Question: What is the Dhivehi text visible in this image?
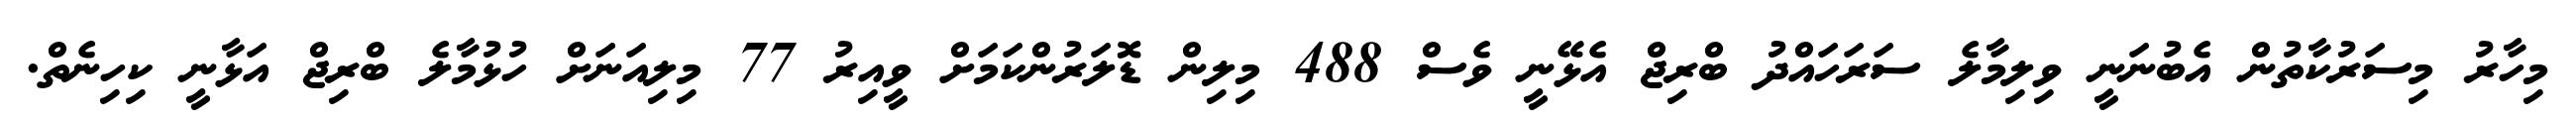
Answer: މިހާރު މިސަރުކާތުން އެބުނަނީ ވިލިމާލެ ސަރަހައްދު ބްރިޖް އެޅޭނީ ވެސް 488 މިލިން ޑޮލަރުންކަމަށް ވީއިރު 77 މިލިއަނަށް ހުޅުމާލެ ބްރިޖް އަޅާނީ ކިހިނެތް.